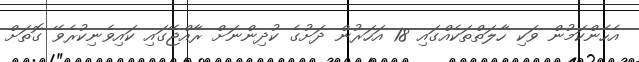
އެހެންކަމުން ވަކި ހާލަތްތަކެއްގައި 18 އަހަރުން ދަށުގެ ކުދިންނަށް ރާއްޖޭގައި ކައިވެނިކުރެވޭ ގޮތަށް